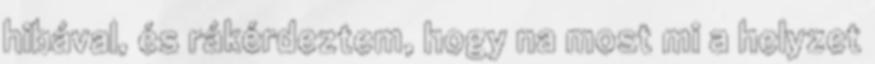
hibával, és rákérdeztem, hogy na most mi a helyzet